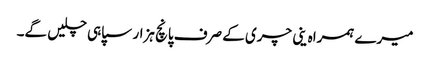
میرے ہمراہ ینی چری کے صرف پانچ ہزار سپاہی چلیں گے۔